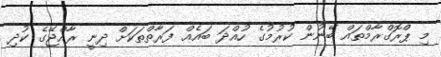
މި ޕްރޮގްރާމްތައް ބޭނުން ކުރުމުގެ ހުއްދަ ބައެއް ފަރާތްތަކަށް ދިނީ ރާއްޖޭގެ ކުދި